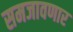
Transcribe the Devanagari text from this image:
समजावणार